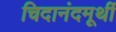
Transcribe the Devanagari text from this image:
चिदानंदमूर्थी